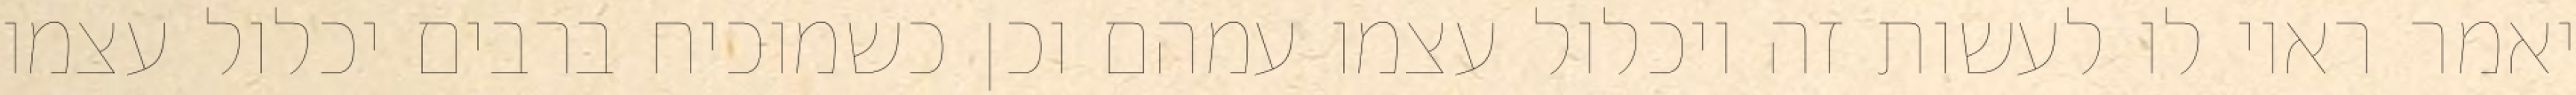
יאמר ראוי לו לעשות זה ויכלול עצמו עמהם וכן כשמוכיח ברבים יכלול עצמו